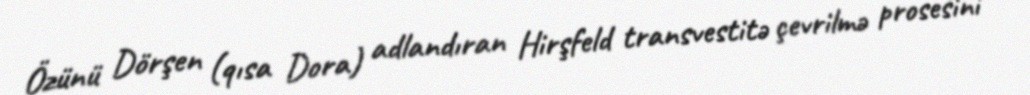
Özünü Dörşen (qısa Dora) adlandıran Hirşfeld transvestitə çevrilmə prosesini